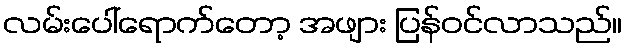
လမ်းပေါ်ရောက်တော့ အဖျား ပြန်ဝင်လာသည်။